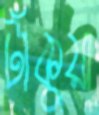
টাঁকুয়া